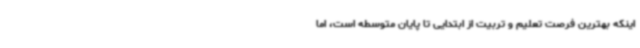
اینکه بهترین فرصت تعلیم و تربیت از ابتدایی تا پایان متوسطه است، اما